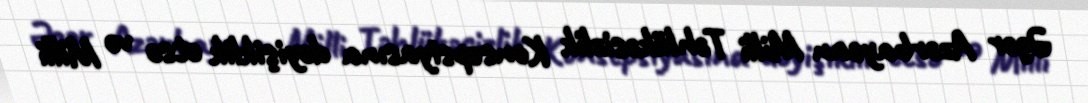
Əgər Azərbaycan Milli Təhlükəsizlik Konsepsiyasına dəyişiklik etsə və Milli